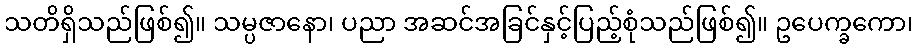
သတိရှိသည်ဖြစ်၍။ သမ္ပဇာနော၊ ပညာ အဆင်အခြင်နှင့်ပြည့်စုံသည်ဖြစ်၍။ ဥပေက္ခကော၊